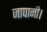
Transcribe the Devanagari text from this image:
जापानी।